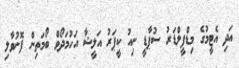
އަދި އެޓީމުގެ މިޑްފީލްޑަރު ސުޕާޑީ ނިއު ކީޕަރު އަލީޝާ އަހުމަދޯވް ބޯމަތިން ފޮނުވާލި